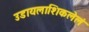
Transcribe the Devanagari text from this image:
उडायलाशिकलेलं